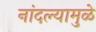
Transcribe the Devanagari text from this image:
नांदल्यामुळे